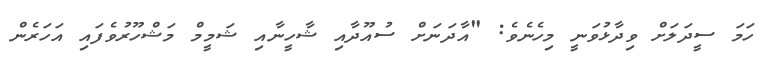
ހަމަ ސީދަލަށް ވިދާޅުވަނީ މިހެނެވެ: "އާދަނަށް ސުއޫދާއި ޝާހީނާއި ޝަމީމް މަޝްހޫރުވެފައި އަހަރެން